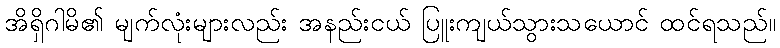
အိရှိဂါမိ၏ မျက်လုံးများလည်း အနည်းငယ် ပြူးကျယ်သွားသယောင် ထင်ရသည်။